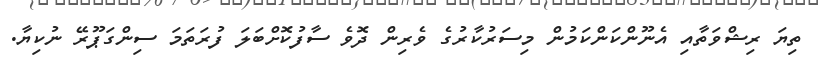
ތިޔަ ރިޝްވަތާއި އެނޫންކަންކަމުން މިސަރުކާރުގެ ވެރިން ދޮވެ ސާފުކޮށްބަލަ ފުރަތަމަ ސިންގަޕޫރޭ ނުކިޔާ.